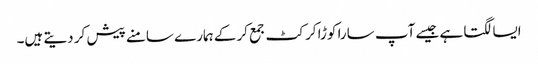
ایسا لگتا ہے جیسے آپ سارا کوڑا کرکٹ جمع کرکے ہمارے سامنے پیش کر دیتے ہیں۔